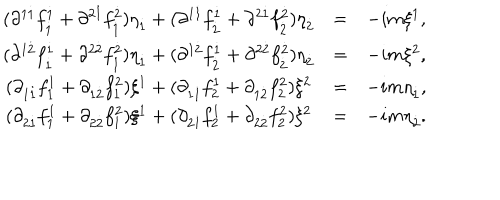
{ \renewcommand { \arraystretch } { 1 . 4 } \begin{array} { c c c } { { ( \partial ^ { 1 \dot { 1 } } f _ { \dot { 1 } } ^ { \dot { 1 } } + \partial ^ { 2 \dot { 1 } } f _ { \dot { 1 } } ^ { \dot { 2 } } ) \eta _ { \dot { 1 } } + ( \partial ^ { 1 \dot { 1 } } f _ { \dot { 2 } } ^ { \dot { 1 } } + \partial ^ { 2 \dot { 1 } } f _ { \dot { 2 } } ^ { \dot { 2 } } ) \eta _ { \dot { 2 } } } } & { { = } } & { { - i m \xi ^ { 1 } , } } \\ { { ( \partial ^ { 1 \dot { 2 } } f _ { \dot { 1 } } ^ { \dot { 1 } } + \partial ^ { 2 \dot { 2 } } f _ { \dot { 1 } } ^ { \dot { 2 } } ) \eta _ { \dot { 1 } } + ( \partial ^ { 1 \dot { 2 } } f _ { \dot { 2 } } ^ { \dot { 1 } } + \partial ^ { 2 \dot { 2 } } f _ { \dot { 2 } } ^ { \dot { 2 } } ) \eta _ { \dot { 2 } } } } & { { = } } & { { - i m \xi ^ { 2 } , } } \\ { { ( \partial _ { 1 \dot { 1 } } f _ { 1 } ^ { 1 } + \partial _ { 1 \dot { 2 } } f _ { 1 } ^ { 2 } ) \xi ^ { 1 } + ( \partial _ { 1 \dot { 1 } } f _ { 2 } ^ { 1 } + \partial _ { 1 \dot { 2 } } f _ { 2 } ^ { 2 } ) \xi ^ { 2 } } } & { { = } } & { { - i m \eta _ { \dot { 1 } } , } } \\ { { ( \partial _ { 2 \dot { 1 } } f _ { 1 } ^ { 1 } + \partial _ { 2 \dot { 2 } } f _ { 1 } ^ { 2 } ) \xi ^ { 1 } + ( \partial _ { 2 \dot { 1 } } f _ { 2 } ^ { 1 } + \partial _ { 2 \dot { 2 } } f _ { 2 } ^ { 2 } ) \xi ^ { 2 } } } & { { = } } & { { - i m \eta _ { \dot { 2 } } . } } \\ \end{array} }